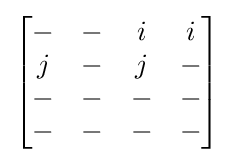
{\begin{bmatrix}-&-&i&i\\j&-&j&-\\-&-&-&-\\-&-&-&-\end{bmatrix}}